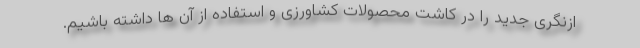
ازنگری جدید را در کاشت محصولات کشاورزی و استفاده از آن ها داشته باشیم.